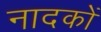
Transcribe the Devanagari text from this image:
नादकों